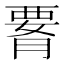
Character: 𦝫